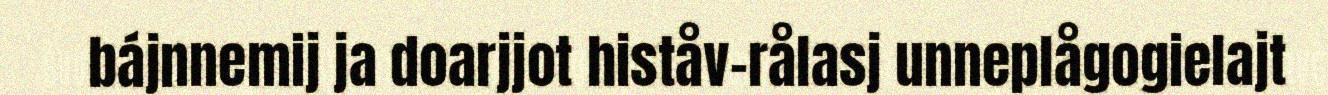
bájnnemij ja doarjjot histåv-rålasj unneplågogielajt